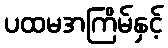
ပထမအကြိမ်နှင့်